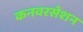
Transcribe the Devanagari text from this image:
कनवरसेशन